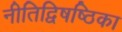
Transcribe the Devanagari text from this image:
नीतिद्विषष्ठिका